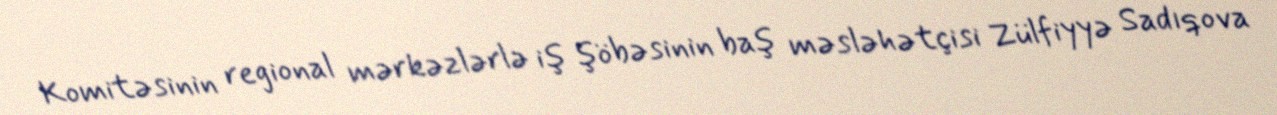
Komitəsinin regional mərkəzlərlə iş şöbəsinin baş məsləhətçisi Zülfiyyə Sadıqova